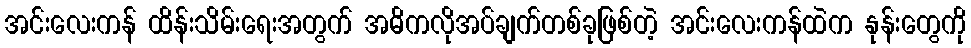
အင်းလေးကန် ထိန်းသိမ်းရေးအတွက် အဓိကလိုအပ်ချက်တစ်ခုဖြစ်တဲ့ အင်းလေးကန်ထဲက နုန်းတွေကို